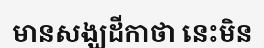
មានសង្ឃដីកាថា នេះមិន